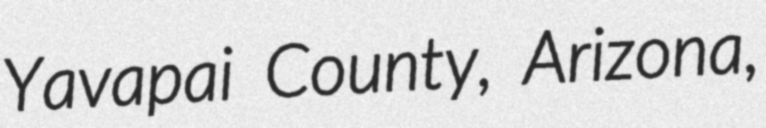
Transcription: Yavapai County, Arizona,